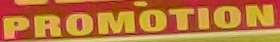
PROMOTION